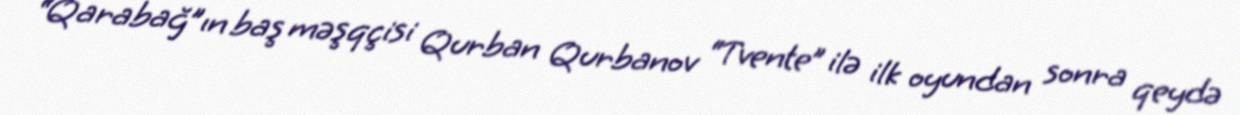
“Qarabağ”ın baş məşqçisi Qurban Qurbanov “Tvente” ilə ilk oyundan sonra qeydə